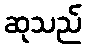
ဆုသည်